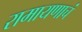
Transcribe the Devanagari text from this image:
रामायणाचं